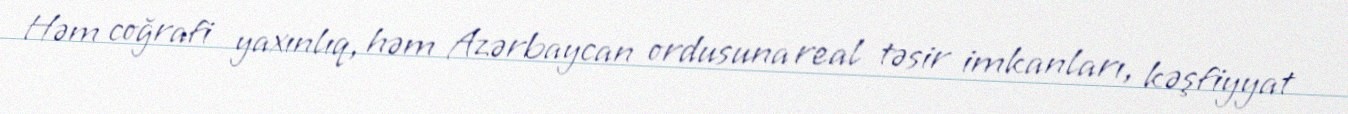
Həm coğrafi yaxınlıq, həm Azərbaycan ordusuna real təsir imkanları, kəşfiyyat